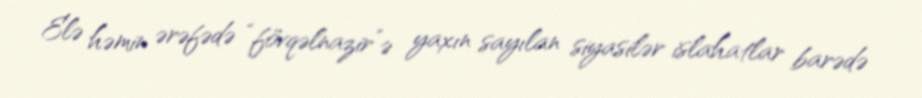
Elə həmin ərəfədə “fövqəlnazir”ə yaxın sayılan siyasilər islahatlar barədə